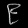
Digit: ၉